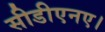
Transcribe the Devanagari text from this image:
सीडीएनए।